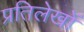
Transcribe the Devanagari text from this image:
प्रतिलेखों